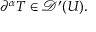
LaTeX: \partial ^ { \alpha } T \in { \mathcal { D } } ^ { \prime } ( U ) .